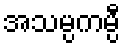
အသမ္ပကမ္ပီ